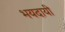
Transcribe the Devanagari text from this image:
भयदायी